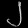
Digit: ၂